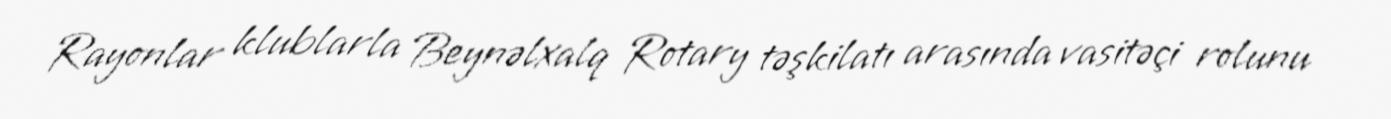
Rayonlar klublarla Beynəlxalq Rotary təşkilatı arasında vasitəçi rolunu